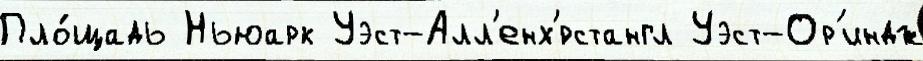
Пло́щадь Ньюарк Уэст-Алл'енх'́рстангл Уэст-Ор'индж